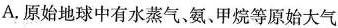
A.原始地球中有水蒸气、氨、甲烷等原始大气